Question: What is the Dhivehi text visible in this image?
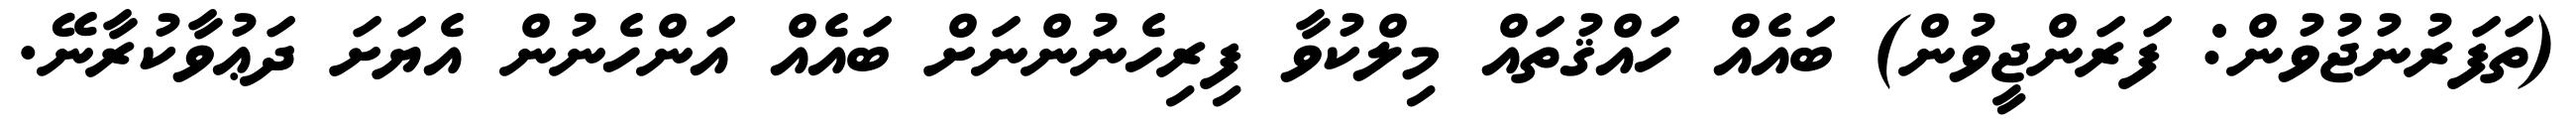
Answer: (ތަފަރުނުޖުވުން: ފަރަންޖީވުން) ބައެއް ހައްޤުތައް މިލްކުވާ ފިރިހެނުންނަށް ބައެއް އަންހެނުން އެޔަށަ ދަޢުވާކުރާނޭ.